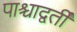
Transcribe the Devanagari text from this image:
पाश्चाद्वर्ती